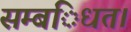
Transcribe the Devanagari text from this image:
सम्बंिधत।